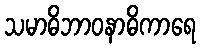
သမာဓိဘာဝနာဓိကာရေ